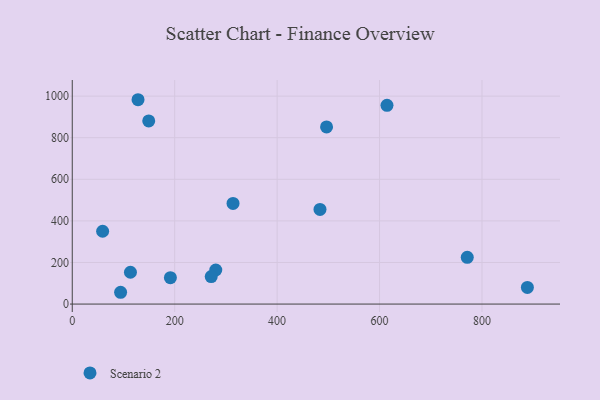
{"axis": {"x": "Speed", "y": "Yield"}, "legend": ["Scenario 2"], "data": [{"x": "483.7", "y": 455.1, "type": "Scenario 2"}, {"x": "888.6", "y": 80.1, "type": "Scenario 2"}, {"x": "280.2", "y": 163.8, "type": "Scenario 2"}, {"x": "149.3", "y": 880.6, "type": "Scenario 2"}, {"x": "614.5", "y": 955.7, "type": "Scenario 2"}, {"x": "313.9", "y": 484.1, "type": "Scenario 2"}, {"x": "496.5", "y": 851.6, "type": "Scenario 2"}, {"x": "59.3", "y": 350.1, "type": "Scenario 2"}, {"x": "94.4", "y": 56.7, "type": "Scenario 2"}, {"x": "128.4", "y": 982.6, "type": "Scenario 2"}, {"x": "271.3", "y": 132.3, "type": "Scenario 2"}, {"x": "771.2", "y": 225.0, "type": "Scenario 2"}, {"x": "113.6", "y": 153.1, "type": "Scenario 2"}, {"x": "191.6", "y": 126.8, "type": "Scenario 2"}]}